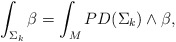
\begin{align*}\int_{\Sigma_k} \beta= \int_M PD (\Sigma_k) \wedge \beta,\end{align*}